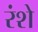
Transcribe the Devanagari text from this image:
रंशे